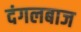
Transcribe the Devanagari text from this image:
दंगलबाज